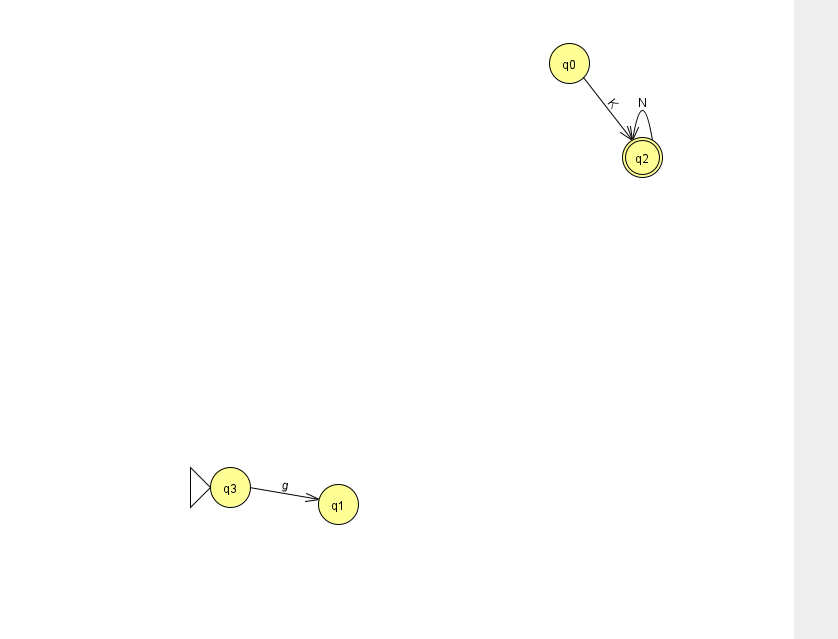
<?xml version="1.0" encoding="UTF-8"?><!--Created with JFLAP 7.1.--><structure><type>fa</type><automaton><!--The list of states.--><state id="0" name="q0"><x>569.0</x><y>50.0</y></state><state id="1" name="q1"><x>338.0</x><y>491.0</y></state><state id="2" name="q2"><x>642.0</x><y>144.0</y><final/></state><state id="3" name="q3"><x>230.0</x><y>474.0</y><initial/></state><!--The list of transitions.--><transition><from>2</from><to>2</to><read>N</read></transition><transition><from>0</from><to>2</to><read>K</read></transition><transition><from>3</from><to>1</to><read>g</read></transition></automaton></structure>